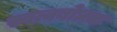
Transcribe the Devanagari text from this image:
स्वत्वबोधक